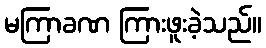
မကြာခဏ ကြားဖူးခဲ့သည်။